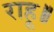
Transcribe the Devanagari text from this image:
राहू॥